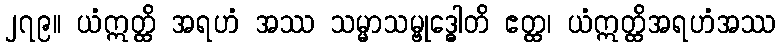
၂၇၉။ ယံဣတ္ထိ အရဟံ အဿ သမ္မာသမ္ဗုဒ္ဓေါတိ ဧတ္ထ၊ ယံဣတ္ထိအရဟံအဿ